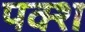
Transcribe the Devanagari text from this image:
पक्श